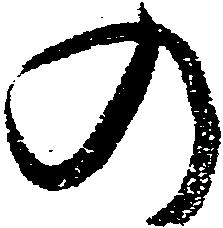
の